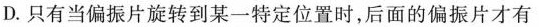
D.只有当偏振片旋转到某一特定位置时，后面的偏振片才有